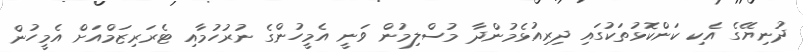
ދުނިޔޭގެ އެކި ކަންކޮޅުތަކުގައި ދިރިއުޅެމުންދާ މުސްލިމުން ވަނީ އެމީހުންގެ ނުރުހުމާއި ޓެރަރިޒަމްއަށް އެމީހުން